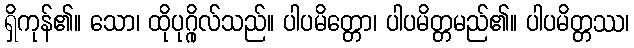
ရှိကုန်၏။ သော၊ ထိုပုဂ္ဂိုလ်သည်။ ပါပမိတ္တော၊ ပါပမိတ္တမည်၏။ ပါပမိတ္တဿ၊